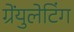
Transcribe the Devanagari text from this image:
ग्रेंयुलेटिंग